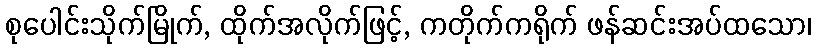
စုပေါင်းသိုက်မြိုက်, ထိုက်အလိုက်ဖြင့်, ကတိုက်ကရိုက် ဖန်ဆင်းအပ်ထသော၊